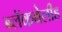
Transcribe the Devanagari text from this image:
ब्लॅकबेलीड